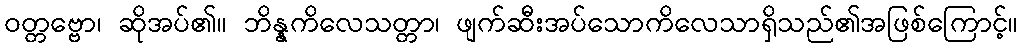
ဝတ္တဗ္ဗော၊ ဆိုအပ်၏။ ဘိန္နကိလေသတ္တာ၊ ဖျက်ဆီးအပ်သောကိလေသာရှိသည်၏အဖြစ်ကြောင့်။